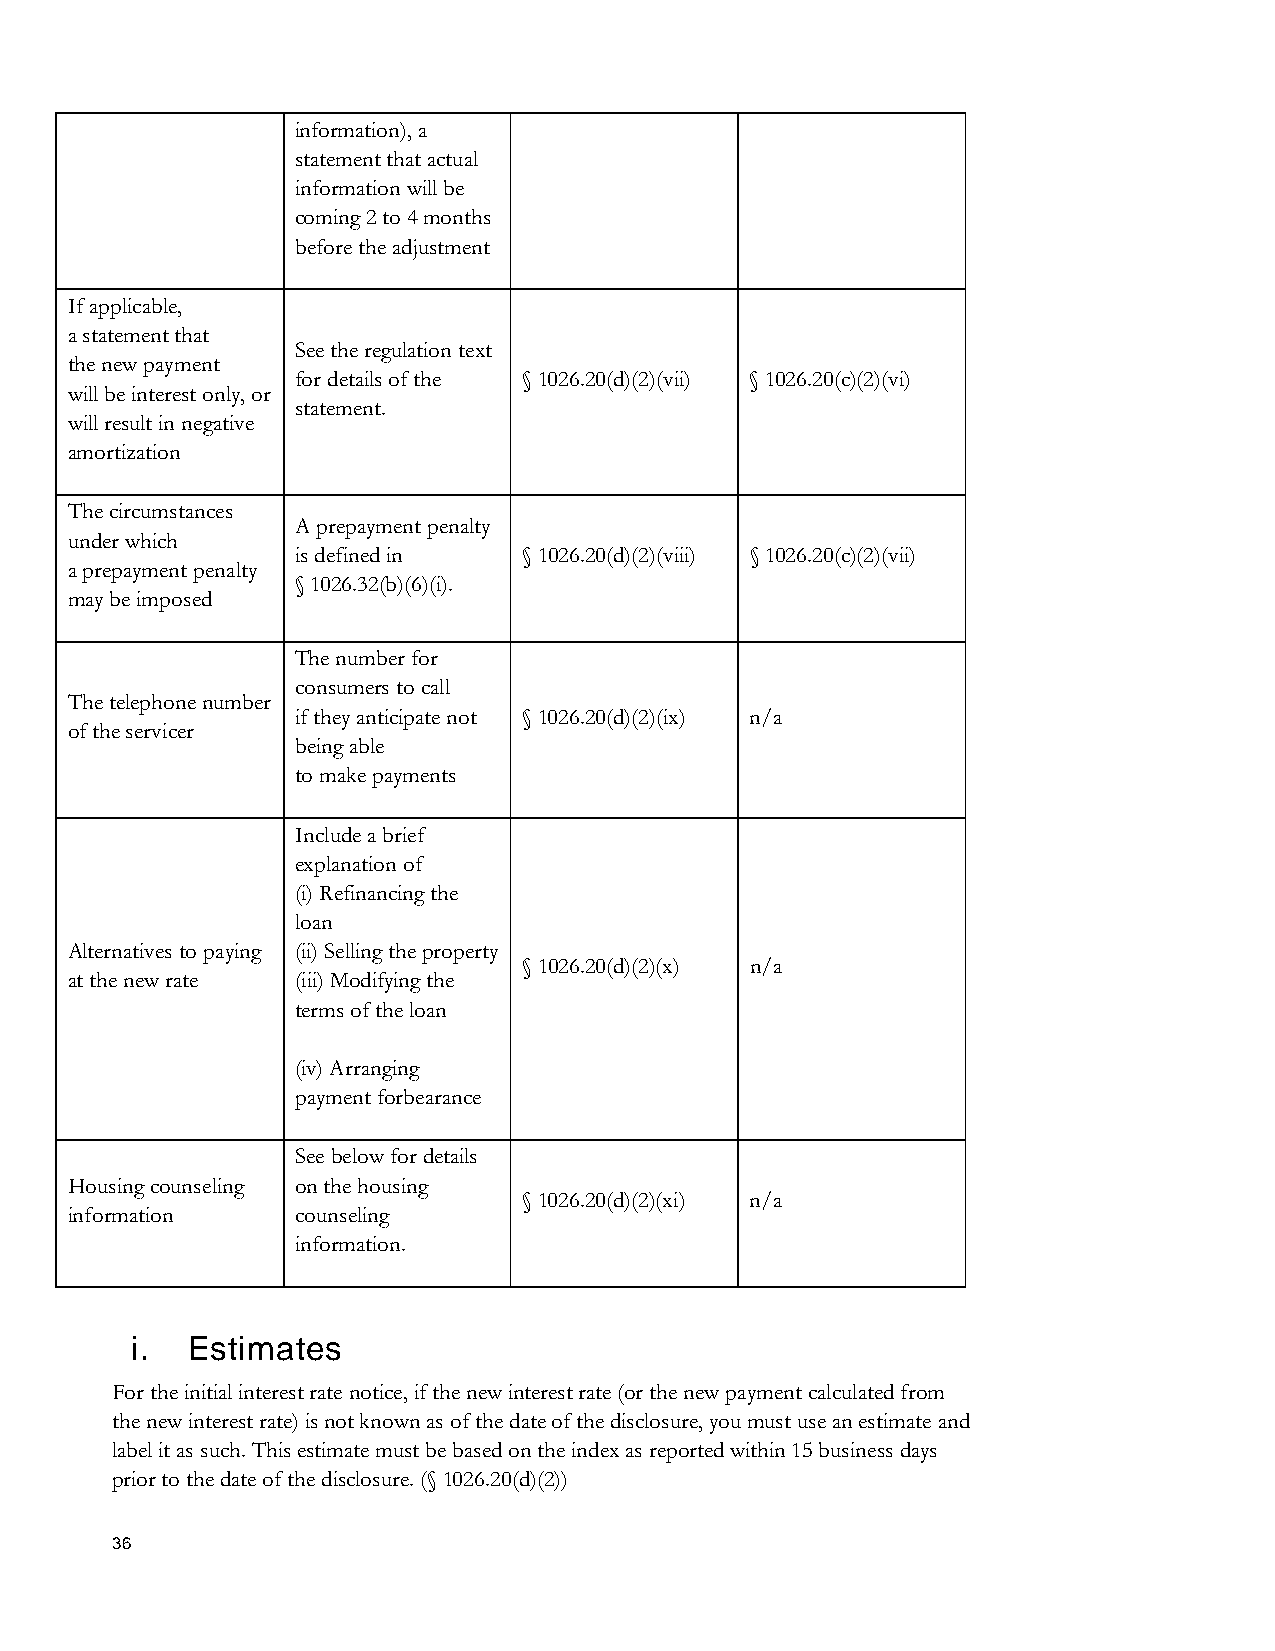
information), a
 statement that actual
 information will be
 coming 2 to 4 months
 before the adjustment
 If applicable,
 a statement that
 See the regulation text
 the new payment
 for details of the § 1026.20(d)(2)(vii) § 1026.20(c)(2)(vi)
 will be interest only, or
 statement.
 will result in negative
 amortization
 The circumstances
 A prepayment penalty
 under which
 is defined in  § 1026.20(d)(2)(viii) § 1026.20(c)(2)(vii)
 a prepayment penalty
 § 1026.32(b)(6)(i).
 may be imposed
 The number for
 consumers to call
 The telephone number
 if they anticipate not § 1026.20(d)(2)(ix) n/a
 of the servicer
 being able
 to make payments
 Include a brief
 explanation of
 (i) Refinancing the
 loan
 Alternatives to paying (ii) Selling the property
 § 1026.20(d)(2)(x) n/a
 at the new rate (iii) Modifying the
 terms of the loan
 (iv) Arranging
 payment forbearance
 See below for details
 Housing counseling on the housing
 § 1026.20(d)(2)(xi) n/a
 information     counseling
 information.
 i. Estimates
 For the initial interest rate notice, if the new interest rate (or the new payment calculated from
 the new interest rate) is not known as of the date of the disclosure, you must use an estimate and
 label it as such. This estimate must be based on the index as reported within 15 business days
 prior to the date of the disclosure. (§ 1026.20(d)(2))
 36